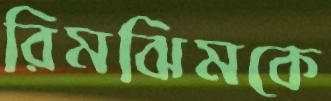
রিমঝিমকে